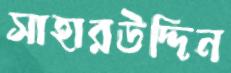
সাহারউদ্দিন